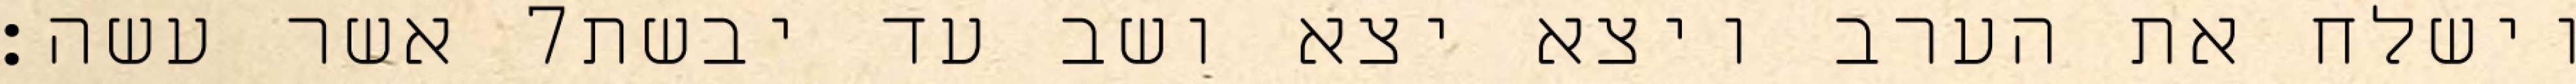
אשר עשה׃ ‎7‏ וישלח את הערב ויצא יצא ושב עד יבשת